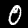
Digit: 0